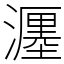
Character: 𤁄